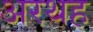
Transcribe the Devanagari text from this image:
अरथह